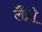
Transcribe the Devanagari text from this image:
लैंप्री